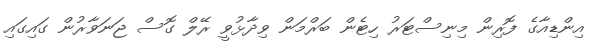
އިންޑިއާގެ ފޮރިން މިނިސްޓަރު ހިޓެން ބަރްމަން ވިދާޅުވީ ރޭލް ގޮސް ޖަނަވާރުން ގައިގައި